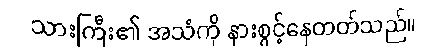
သားကြီး၏ အသံကို နားစွင့်နေတတ်သည်။